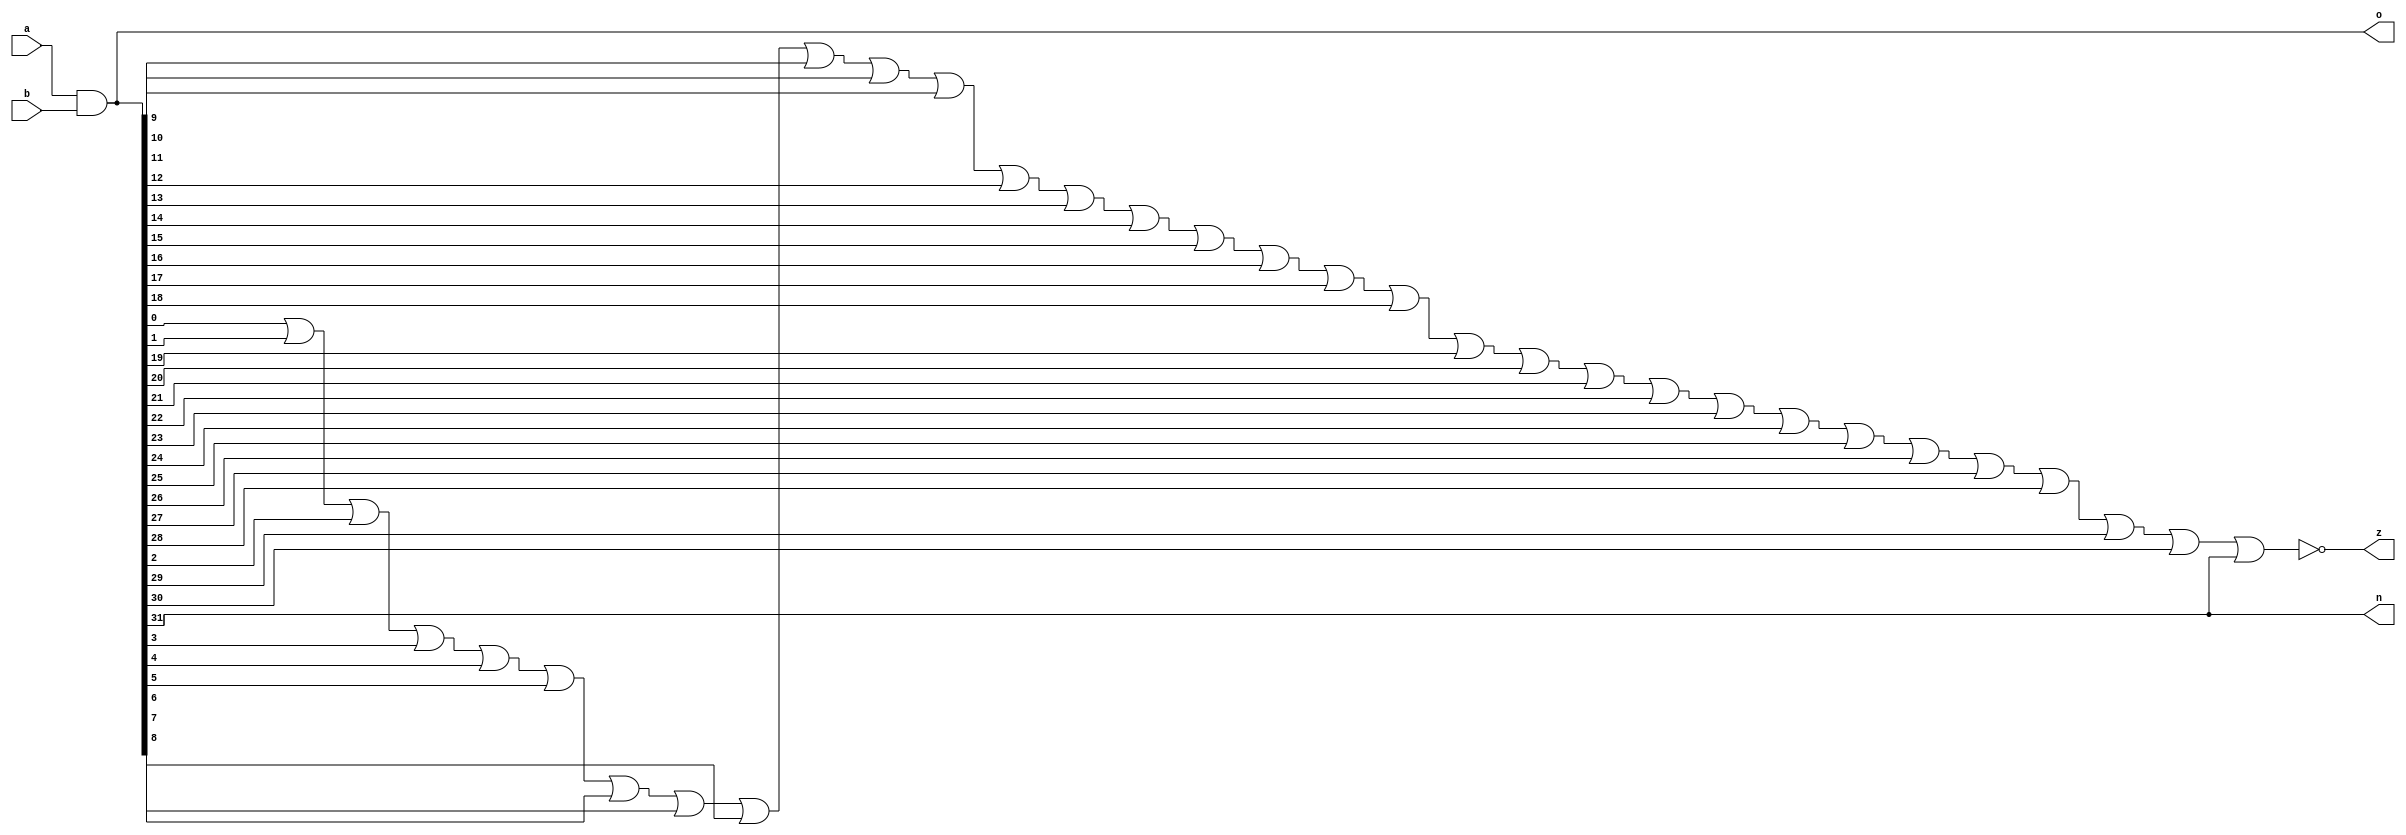
module ANDS(
	input [31:0] a,
	input [31:0] b,
	output [31:0] o,
	output n, z
);

// Operacion AND bit a bit
assign o = a & b;

// Actualizacion de la banderas
assign n = o[31];
assign z = ~(o[0] | o[1] | o[2] | o[3] | o[4] | o[5] | o[6] | o[7] | o[8] | o[9] | o[10] | o[11] | o[12] | o[13] | o[14] | o[15] | o[16] | o[17] | o[18] | o[19] | o[20] | o[21] | o[22] | o[23] | o[24] | o[25] | o[26] | o[27] | o[28] | o[29] | o[30] | o[31]);

endmodule